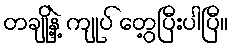
တချို့နဲ့ ကျုပ် တွေ့ပြီးပါပြီ။